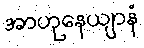
အာဟုနေယျာနံ